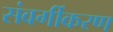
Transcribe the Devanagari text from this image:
संवर्गीकरण